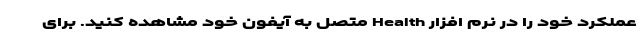
عملکرد خود را در نرم افزار Health متصل به آیفون خود مشاهده کنید. برای